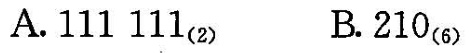
A.111111_{(2)} B.210_{(6)}